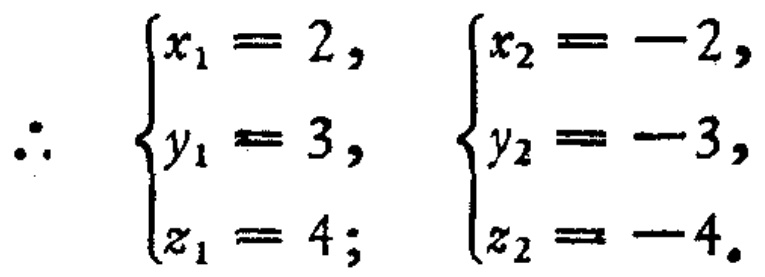
\[\therefore
\begin{cases}
x_1 = 2, \\
y_1 = 3, \\
z_1 = 4;
\end{cases}
\begin{cases}
x_2 = -2, \\
y_2 = -3, \\
z_2 = -4.
\end{cases}\]